Report of the Municipal Commissioner on the plague in Bombay for the year ending 31st May... - Volume 1
Disease focus: Plague
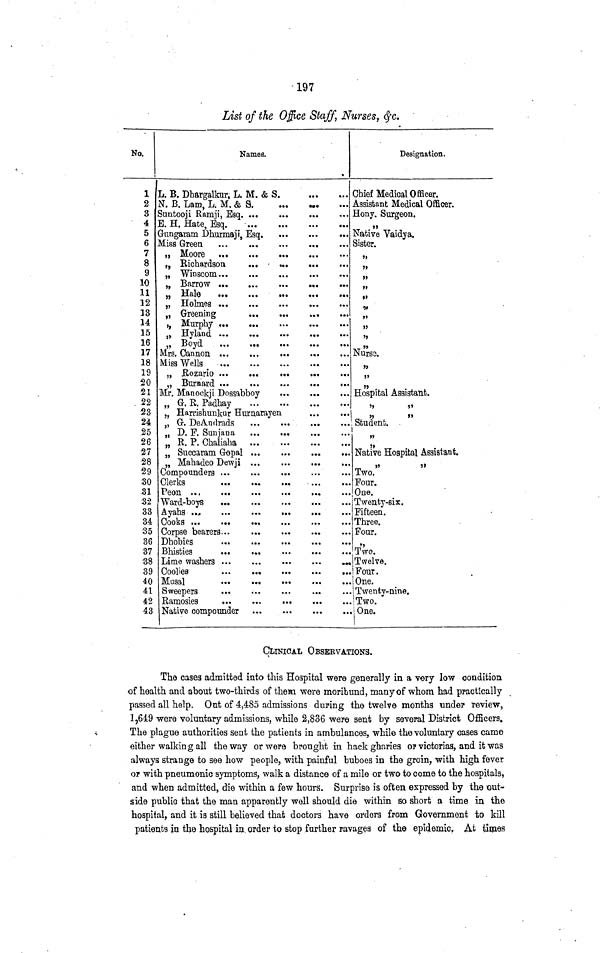
197
List of the Office Staff, Nurses, &c.
No.
1
2
3
4
5
6
7
8
9
10
11
12
13
14
15
16
17
18
19
20
21
22
23
24
25
26
27
28
29
30
31
32
33
34
35
36
37
38
39
40
41
42
43
: Names.
L. B. Dhargalkur, L. M, & S.
N. B. Lam, L. M. & S.
Suntooji Ranrji, Esq
E. H. Hate, Esq.
Gungaram Dhurmaji. Esa.
Miss Green
„ Richardson
„ Winscom...
„ Hale
...
„ Greening
,, Murphy ...
,» Hyland ...
„ Boyd
...
Mrs. Cannon ...
Miss Wells
„ Barnard ...
Mr. Manoekji Dossabboy
„ G. R. Padhay
„ Harrishunkur Humara„
G. DeAndrads
„ D. F. Sun jan a
„ R. P. Chaliaha
„ Succaram Gopa
„ Mahadeo Dewji
Compound ers ...
Clerks
Peon ...
Ward-boys
Ayahs ..,
Cooks ...
Corpse bearers...
Dhobies
Bhisties
Lime washers ...
Coolies
Musal
Sweepers
Ramosies
Native compounder
: ...
...
...
...
en
•B·
. . .
...
...
...
...
...
• <H
Designation.
Chief Medical Officer.
Assistant Medical Officer.
Hony. Surgeon.
,,
Native Vaidya.
Sister.
,,
,,
,,
Nurse.
Hospital Assistant.
,,
,,
,,
,,
Student.
!
,,
Native Hospital Assistant.
,,
,,
Two.
Four.
One.
Twenty-six.
Fifteen.
Three.
Four.
Two.
Twelve.
Four.
One.
Twenty-nine.
Two.
One.
CLINICAL OBSERVATIONS.
The cases admitted into this Hospital were generally in a very low condition
of health and about two-thirds of them were moribund, many of whom had practically
passed all help. Out of 4,485 admissions during the twelve months under review,
1,649 were voluntary admissions, while 2,836 were sent by several District Officers.
The plague authorities sent the patients in ambulances, while the voluntary cases came
either walkin g all the way or were brought in hack gharies OP victorias, and it was
always strange to see how people, with painful buboes in the groin, with high fever
OP with pneumonic symptoms, walk a distance of a mile or two to come to the hospitals,
and when admitted, die within a few hours. Surprise is often expressed by the out-
side public that the man apparently well should die within so short a time in the
hospital, and it is still believed that doctors have orders from Government to kill
patients in the hospital in order to stop further ravages of the epidemic, At times